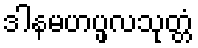
ဒါနမဟပ္ဖလသုတ္တံ